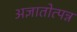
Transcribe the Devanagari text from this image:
अज्ञातोत्पन्न